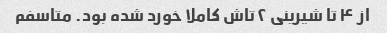
از ۴ تا شیرینی ۲ تاش کاملا خورد شده بود. متاسفم